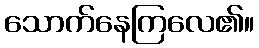
သောက်နေကြလေ၏။